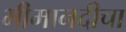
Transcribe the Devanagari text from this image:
भीमानदीचा